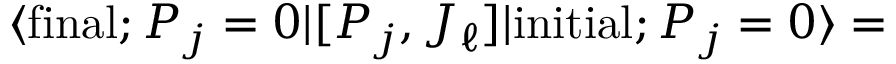
\langle \mathrm { f i n a l } ; P _ { j } = 0 | [ P _ { j } , J _ { \ell } ] | \mathrm { i n i t i a l } ; P _ { j } = 0 \rangle =